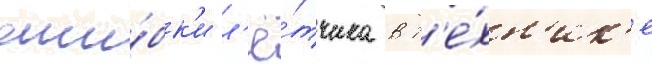
оши́бк'и л'ё́тчика в т'е́хн'ик'е